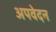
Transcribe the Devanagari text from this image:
अपवेदन